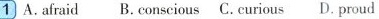
1 A.afraid B, conscious C. curious D. proud